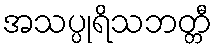
အသပ္ပုရိသဘတ္တီ